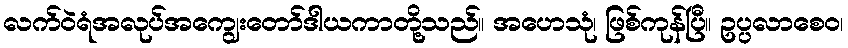
လက်ဝဲရံအလုပ်အကျွေးတော်ဒါယကာတို့သည်။ အဟေသုံ၊ ဖြစ်ကုန်ပြီ။ ဥပ္ပလာစေဝ၊